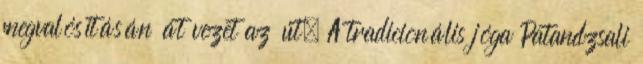
megvalósításán át vezet az út. A tradicionális jóga Patandzsali